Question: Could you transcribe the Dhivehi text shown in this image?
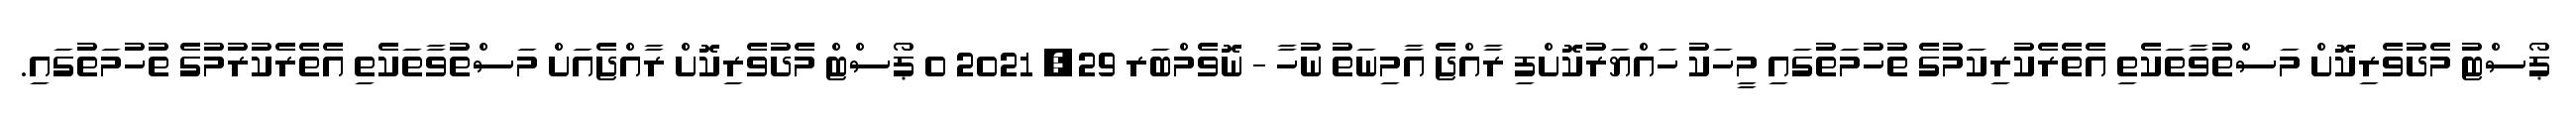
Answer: ޕޯސްޓު މެދުވެރިކޮށް މަސްތުވާތަކެތި އެތެރެކުރިކަމުގެ ތުހުމަތުގައި މީހަކު ހައްޔަރުކޮށްފި ރާއްޖެ އާމިނަތު ނުހާ - ނޮވެމްބަރ 29, 2021 0 ޕޯސްޓް މެދުވެރިކޮށް ރާއްޖެއަށް މަސްތުވާތަކެތި އެތެރެކުރުމުގެ ތުހުމަތުގައި.